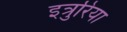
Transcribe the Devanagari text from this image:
इत्रुरिया